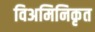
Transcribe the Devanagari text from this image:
विअमिनिकृत